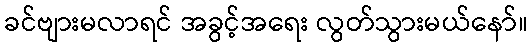
ခင်ဗျားမလာရင် အခွင့်အရေး လွတ်သွားမယ်နော်။